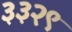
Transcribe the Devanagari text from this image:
३३२९